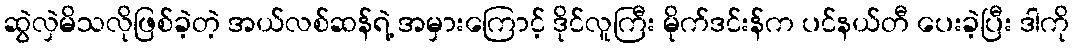
ဆွဲလှဲမိသလိုဖြစ်ခဲ့တဲ့ အယ်လစ်ဆန်ရဲ့ အမှားကြောင့် ဒိုင်လူကြီး မိုက်ဒင်းန်က ပင်နယ်တီ ပေးခဲ့ပြီး ဒါကို